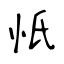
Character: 忯